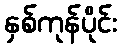
နှစ်ကုန်ပိုင်း